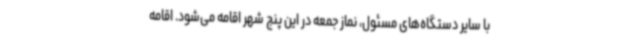
با سایر دستگاه‌های مسئول، نماز جمعه در این پنج شهر اقامه می‌شود. اقامه